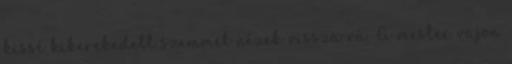
kissé kikerekedett szemmel nézek vissza rá. A mester vajon